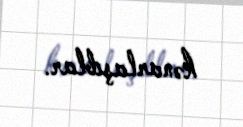
kənarlaşıblar.